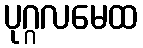
ပုဂ္ဂလမေထ